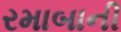
રમાબાની